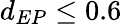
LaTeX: d_{EP}\leq 0.6